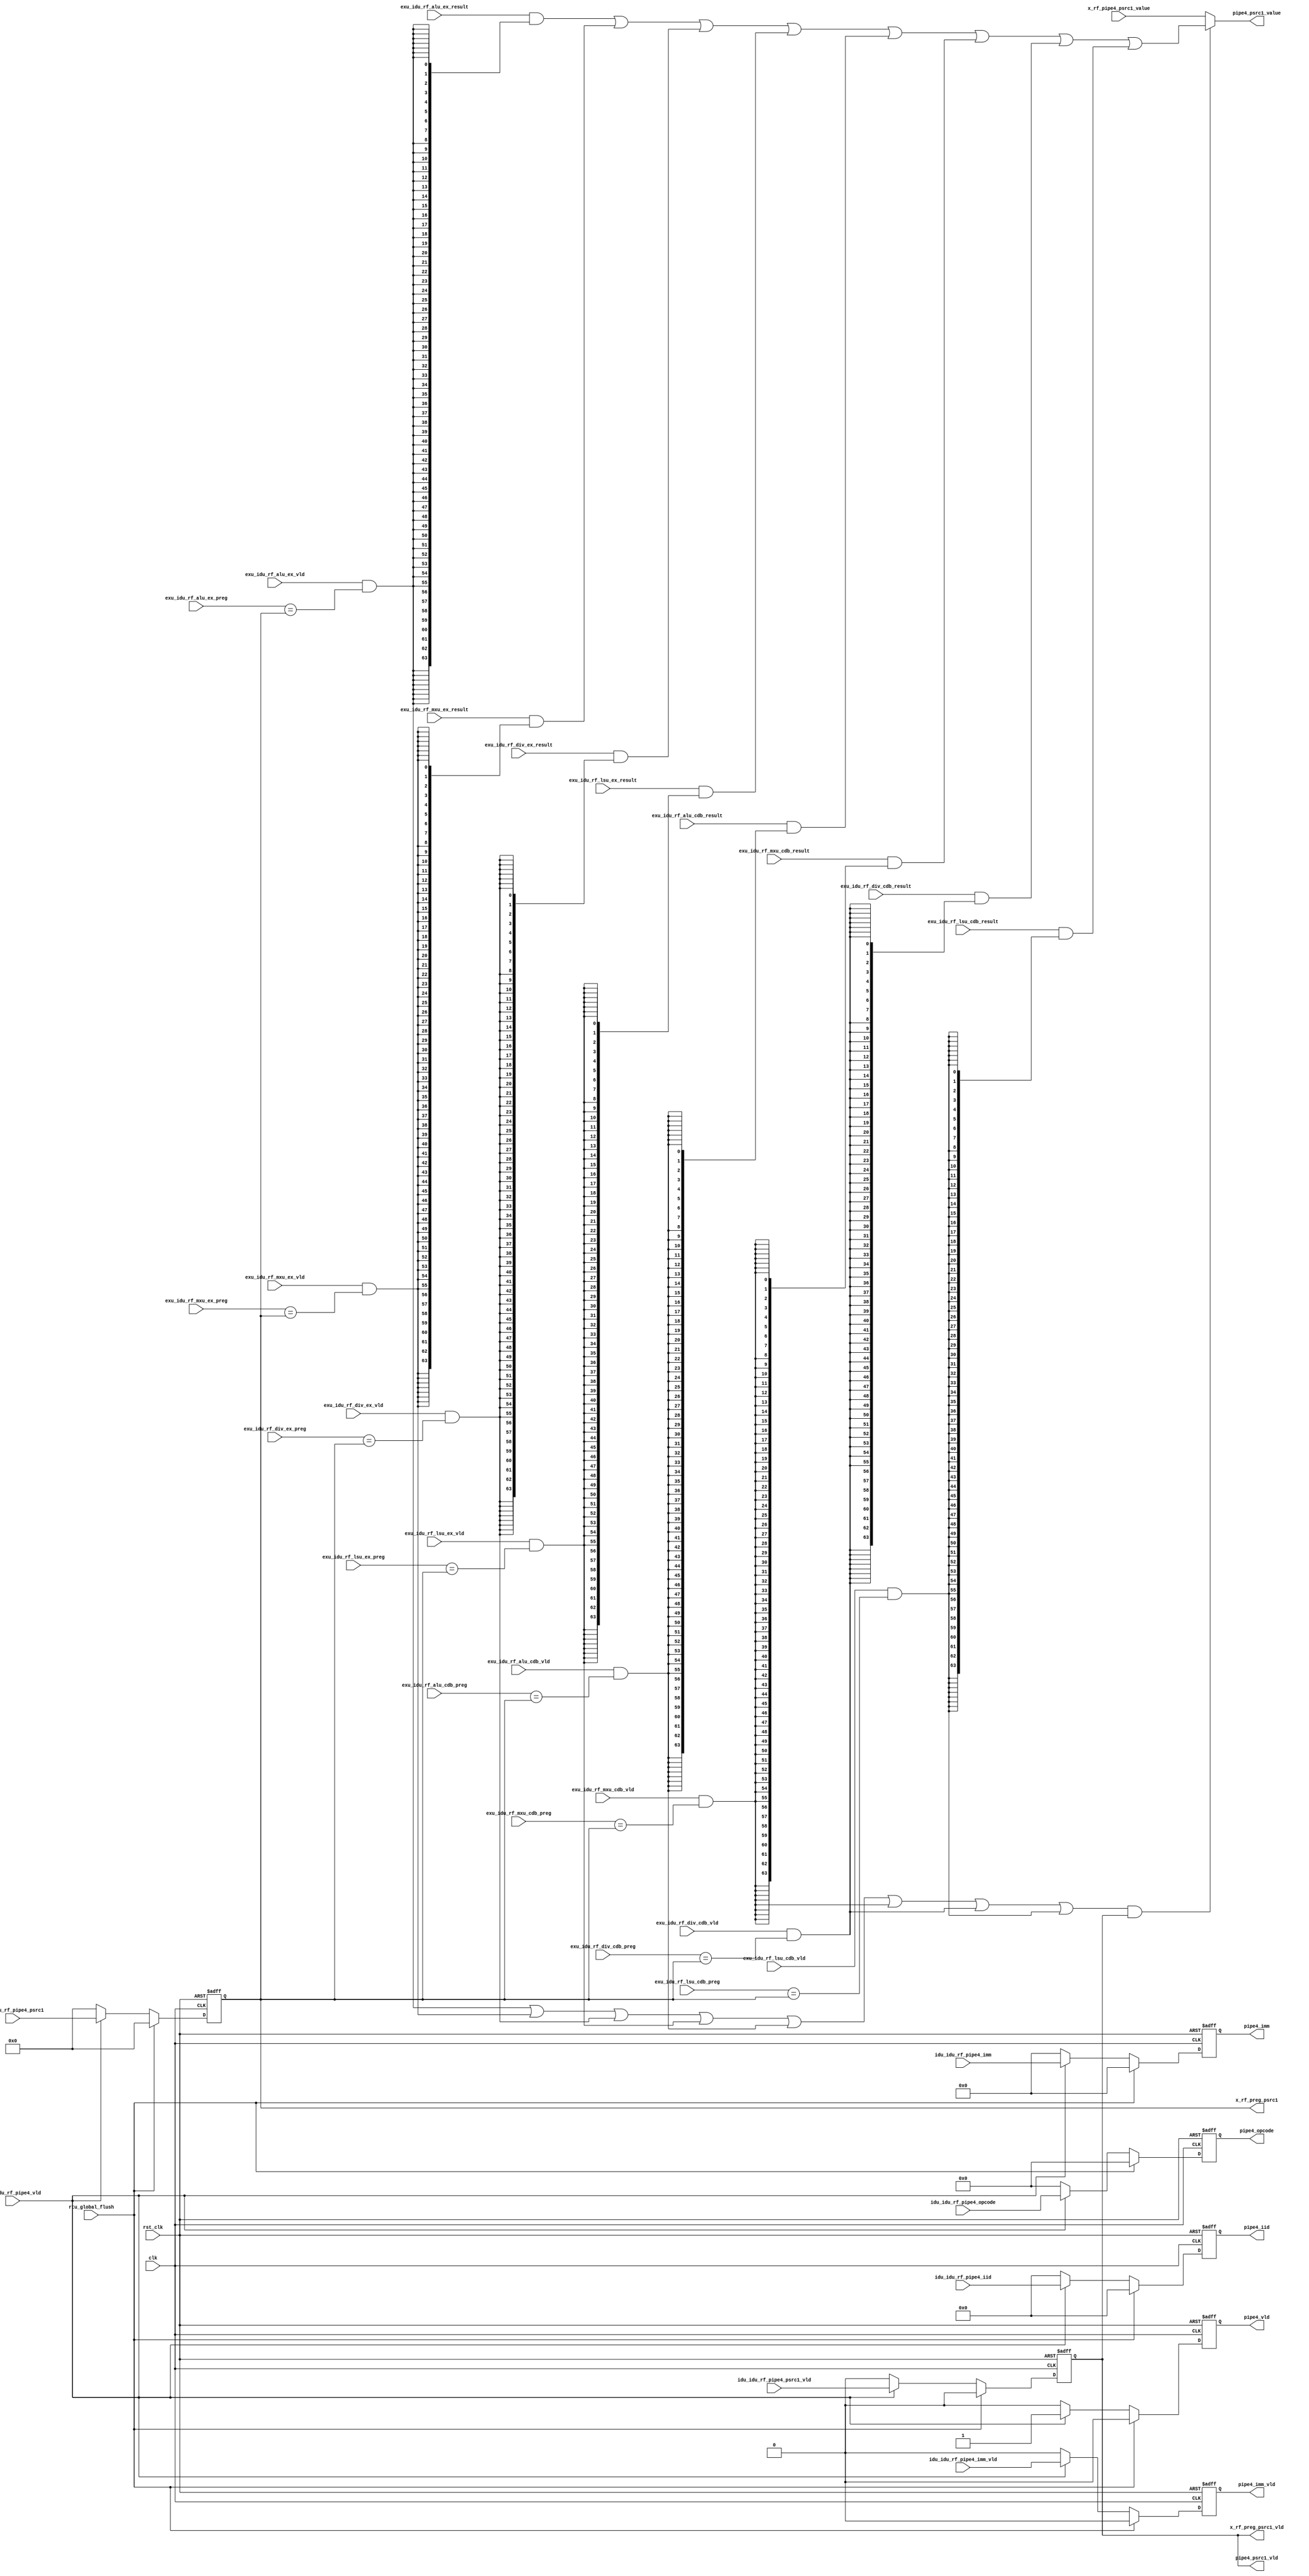
module idu_rf_pipe4 (
    clk,
    rst_clk,
    rtu_global_flush,
    idu_idu_rf_pipe4_vld,
    idu_idu_rf_pipe4_iid,
    idu_idu_rf_pipe4_opcode,
    idu_idu_rf_pipe4_psrc1_vld,
    idu_idu_rf_pipe4_psrc1,
    idu_idu_rf_pipe4_imm_vld,
    idu_idu_rf_pipe4_imm,
    exu_idu_rf_alu_ex_vld,
    exu_idu_rf_alu_ex_preg,
    exu_idu_rf_alu_ex_result,
    exu_idu_rf_mxu_ex_vld,
    exu_idu_rf_mxu_ex_preg,
    exu_idu_rf_mxu_ex_result,
    exu_idu_rf_div_ex_vld,
    exu_idu_rf_div_ex_preg,
    exu_idu_rf_div_ex_result,
    exu_idu_rf_lsu_ex_vld,
    exu_idu_rf_lsu_ex_preg,
    exu_idu_rf_lsu_ex_result,
    exu_idu_rf_alu_cdb_vld,
    exu_idu_rf_alu_cdb_preg,
    exu_idu_rf_alu_cdb_result,
    exu_idu_rf_mxu_cdb_vld,
    exu_idu_rf_mxu_cdb_preg,
    exu_idu_rf_mxu_cdb_result,
    exu_idu_rf_div_cdb_vld,
    exu_idu_rf_div_cdb_preg,
    exu_idu_rf_div_cdb_result,
    exu_idu_rf_lsu_cdb_vld,
    exu_idu_rf_lsu_cdb_preg,
    exu_idu_rf_lsu_cdb_result,
    x_rf_pipe4_psrc1_value,
    x_rf_preg_psrc1_vld,
    x_rf_preg_psrc1,
    pipe4_vld,
    pipe4_iid,
    pipe4_opcode,
    pipe4_psrc1_vld,
    pipe4_psrc1_value,
    pipe4_imm_vld,
    pipe4_imm
);
    // &Ports;
    input         clk;
    input         rst_clk;
    input         rtu_global_flush;
    input         idu_idu_rf_pipe4_vld;
    input  [4 :0] idu_idu_rf_pipe4_iid;
    input  [6 :0] idu_idu_rf_pipe4_opcode;
    input         idu_idu_rf_pipe4_psrc1_vld;
    input  [5 :0] idu_idu_rf_pipe4_psrc1;
    input         idu_idu_rf_pipe4_imm_vld;
    input  [63:0] idu_idu_rf_pipe4_imm;
    input         exu_idu_rf_alu_ex_vld;
    input  [5 :0] exu_idu_rf_alu_ex_preg;
    input  [63:0] exu_idu_rf_alu_ex_result;
    input         exu_idu_rf_mxu_ex_vld;
    input  [5 :0] exu_idu_rf_mxu_ex_preg;
    input  [63:0] exu_idu_rf_mxu_ex_result;
    input         exu_idu_rf_div_ex_vld;
    input  [5 :0] exu_idu_rf_div_ex_preg;
    input  [63:0] exu_idu_rf_div_ex_result;
    input         exu_idu_rf_lsu_ex_vld;
    input  [5 :0] exu_idu_rf_lsu_ex_preg;
    input  [63:0] exu_idu_rf_lsu_ex_result;
    input         exu_idu_rf_alu_cdb_vld;
    input  [5 :0] exu_idu_rf_alu_cdb_preg;
    input  [63:0] exu_idu_rf_alu_cdb_result;
    input         exu_idu_rf_mxu_cdb_vld;
    input  [5 :0] exu_idu_rf_mxu_cdb_preg;
    input  [63:0] exu_idu_rf_mxu_cdb_result;
    input         exu_idu_rf_div_cdb_vld;
    input  [5 :0] exu_idu_rf_div_cdb_preg;
    input  [63:0] exu_idu_rf_div_cdb_result;
    input         exu_idu_rf_lsu_cdb_vld;
    input  [5 :0] exu_idu_rf_lsu_cdb_preg;
    input  [63:0] exu_idu_rf_lsu_cdb_result;
    input  [63:0] x_rf_pipe4_psrc1_value;
    output        x_rf_preg_psrc1_vld;
    output [5 :0] x_rf_preg_psrc1;
    output        pipe4_vld;
    output [4 :0] pipe4_iid;
    output [6 :0] pipe4_opcode;
    output        pipe4_psrc1_vld;
    output [63:0] pipe4_psrc1_value;
    output        pipe4_imm_vld;
    output [63:0] pipe4_imm;

    // &Regs;
    reg        x_rf_preg_psrc1_vld;
    reg [5 :0] x_rf_preg_psrc1;
    reg        pipe4_vld;
    reg [4 :0] pipe4_iid;
    reg [6 :0] pipe4_opcode;
    reg        pipe4_imm_vld;
    reg [63:0] pipe4_imm;

    // &Wires;
    wire        clk;
    wire        rst_clk;
    wire        rtu_global_flush;
    wire        idu_idu_rf_pipe4_vld;
    wire [4 :0] idu_idu_rf_pipe4_iid;
    wire [6 :0] idu_idu_rf_pipe4_opcode;
    wire        idu_idu_rf_pipe4_psrc1_vld;
    wire [5 :0] idu_idu_rf_pipe4_psrc1;
    wire        idu_idu_rf_pipe4_imm_vld;
    wire [63:0] idu_idu_rf_pipe4_imm;
    wire        exu_idu_rf_alu_ex_vld;
    wire [5 :0] exu_idu_rf_alu_ex_preg;
    wire [63:0] exu_idu_rf_alu_ex_result;
    wire        exu_idu_rf_alu_ex_psrc1_match;
    wire        exu_idu_rf_mxu_ex_vld;
    wire [5 :0] exu_idu_rf_mxu_ex_preg;
    wire [63:0] exu_idu_rf_mxu_ex_result;
    wire        exu_idu_rf_mxu_ex_psrc1_match;
    wire        exu_idu_rf_div_ex_vld;
    wire [5 :0] exu_idu_rf_div_ex_preg;
    wire [63:0] exu_idu_rf_div_ex_result;
    wire        exu_idu_rf_div_ex_psrc1_match;
    wire        exu_idu_rf_lsu_ex_vld;
    wire [5 :0] exu_idu_rf_lsu_ex_preg;
    wire [63:0] exu_idu_rf_lsu_ex_result;
    wire        exu_idu_rf_lsu_ex_psrc1_match;
    wire        exu_idu_rf_alu_cdb_vld;
    wire [5 :0] exu_idu_rf_alu_cdb_preg;
    wire [63:0] exu_idu_rf_alu_cdb_result;
    wire        exu_idu_rf_alu_cdb_psrc1_match;
    wire        exu_idu_rf_mxu_cdb_vld;
    wire [5 :0] exu_idu_rf_mxu_cdb_preg;
    wire [63:0] exu_idu_rf_mxu_cdb_result;
    wire        exu_idu_rf_mxu_cdb_psrc1_match;
    wire        exu_idu_rf_div_cdb_vld;
    wire [5 :0] exu_idu_rf_div_cdb_preg;
    wire [63:0] exu_idu_rf_div_cdb_result;
    wire        exu_idu_rf_div_cdb_psrc1_match;
    wire        exu_idu_rf_lsu_cdb_vld;
    wire [5 :0] exu_idu_rf_lsu_cdb_preg;
    wire [63:0] exu_idu_rf_lsu_cdb_result;
    wire        exu_idu_rf_lsu_cdb_psrc1_match;
    wire        forward_psrc1_match;
    wire        forward_psrc2_match;
    wire [63:0] x_rf_pipe4_psrc1_value;
    wire        pipe4_psrc1_vld;
    wire [63:0] pipe4_psrc1_value;

    always @(posedge clk or negedge rst_clk)
    begin
        if (!rst_clk) begin
            pipe4_vld           <= 0;
            pipe4_iid           <= 0;
            pipe4_opcode        <= 0;
            x_rf_preg_psrc1_vld <= 0;
            x_rf_preg_psrc1     <= 0;
            pipe4_imm_vld       <= 0;
            pipe4_imm           <= 0;
        end
        else if (rtu_global_flush) begin
            pipe4_vld           <= 0;
            pipe4_iid           <= 0;
            pipe4_opcode        <= 0;
            x_rf_preg_psrc1_vld <= 0;
            x_rf_preg_psrc1     <= 0;
            pipe4_imm_vld       <= 0;
            pipe4_imm           <= 0;
        end
        else if (idu_idu_rf_pipe4_vld) begin
            pipe4_vld           <= 1;
            pipe4_iid           <= idu_idu_rf_pipe4_iid;
            pipe4_opcode        <= idu_idu_rf_pipe4_opcode;
            x_rf_preg_psrc1_vld <= idu_idu_rf_pipe4_psrc1_vld;
            x_rf_preg_psrc1     <= idu_idu_rf_pipe4_psrc1;
            pipe4_imm_vld       <= idu_idu_rf_pipe4_imm_vld;
            pipe4_imm           <= idu_idu_rf_pipe4_imm;
        end
        else begin
            pipe4_vld           <= 0;
            pipe4_iid           <= 0;
            pipe4_opcode        <= 0;
            x_rf_preg_psrc1_vld <= 0;
            x_rf_preg_psrc1     <= 0;
            pipe4_imm_vld       <= 0;
            pipe4_imm           <= 0;
        end
    end

    assign pipe4_psrc1_vld = x_rf_preg_psrc1_vld;

    assign exu_idu_rf_alu_ex_psrc1_match = exu_idu_rf_alu_ex_vld & (exu_idu_rf_alu_ex_preg == x_rf_preg_psrc1);
    assign exu_idu_rf_mxu_ex_psrc1_match = exu_idu_rf_mxu_ex_vld & (exu_idu_rf_mxu_ex_preg == x_rf_preg_psrc1);
    assign exu_idu_rf_div_ex_psrc1_match = exu_idu_rf_div_ex_vld & (exu_idu_rf_div_ex_preg == x_rf_preg_psrc1);
    assign exu_idu_rf_lsu_ex_psrc1_match = exu_idu_rf_lsu_ex_vld & (exu_idu_rf_lsu_ex_preg == x_rf_preg_psrc1);
    assign exu_idu_rf_alu_cdb_psrc1_match = exu_idu_rf_alu_cdb_vld & (exu_idu_rf_alu_cdb_preg == x_rf_preg_psrc1);
    assign exu_idu_rf_mxu_cdb_psrc1_match = exu_idu_rf_mxu_cdb_vld & (exu_idu_rf_mxu_cdb_preg == x_rf_preg_psrc1);
    assign exu_idu_rf_div_cdb_psrc1_match = exu_idu_rf_div_cdb_vld & (exu_idu_rf_div_cdb_preg == x_rf_preg_psrc1);
    assign exu_idu_rf_lsu_cdb_psrc1_match = exu_idu_rf_lsu_cdb_vld & (exu_idu_rf_lsu_cdb_preg == x_rf_preg_psrc1);
    assign forward_psrc1_match = exu_idu_rf_alu_ex_psrc1_match
                               | exu_idu_rf_mxu_ex_psrc1_match
                               | exu_idu_rf_div_ex_psrc1_match
                               | exu_idu_rf_lsu_ex_psrc1_match
                               | exu_idu_rf_alu_cdb_psrc1_match
                               | exu_idu_rf_mxu_cdb_psrc1_match
                               | exu_idu_rf_div_cdb_psrc1_match
                               | exu_idu_rf_lsu_cdb_psrc1_match;

    assign pipe4_psrc1_value = (forward_psrc1_match & x_rf_preg_psrc1_vld) ? (
                                      (exu_idu_rf_alu_ex_result & {64{exu_idu_rf_alu_ex_psrc1_match}})
                                    | (exu_idu_rf_mxu_ex_result & {64{exu_idu_rf_mxu_ex_psrc1_match}})
                                    | (exu_idu_rf_div_ex_result & {64{exu_idu_rf_div_ex_psrc1_match}})
                                    | (exu_idu_rf_lsu_ex_result & {64{exu_idu_rf_lsu_ex_psrc1_match}})
                                    | (exu_idu_rf_alu_cdb_result & {64{exu_idu_rf_alu_cdb_psrc1_match}})
                                    | (exu_idu_rf_mxu_cdb_result & {64{exu_idu_rf_mxu_cdb_psrc1_match}})
                                    | (exu_idu_rf_div_cdb_result & {64{exu_idu_rf_div_cdb_psrc1_match}})
                                    | (exu_idu_rf_lsu_cdb_result & {64{exu_idu_rf_lsu_cdb_psrc1_match}}))
                                    : x_rf_pipe4_psrc1_value;

endmodule